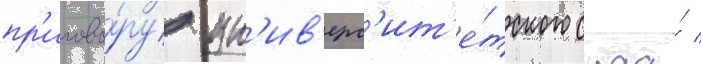
пр'игово́ру ун'ив'ерс'ит'е́тского суда́ /